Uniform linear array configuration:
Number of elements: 16
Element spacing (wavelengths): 1
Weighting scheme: blackman
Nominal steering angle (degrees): -45
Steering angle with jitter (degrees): -43.145
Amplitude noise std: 0.05
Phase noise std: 0.05

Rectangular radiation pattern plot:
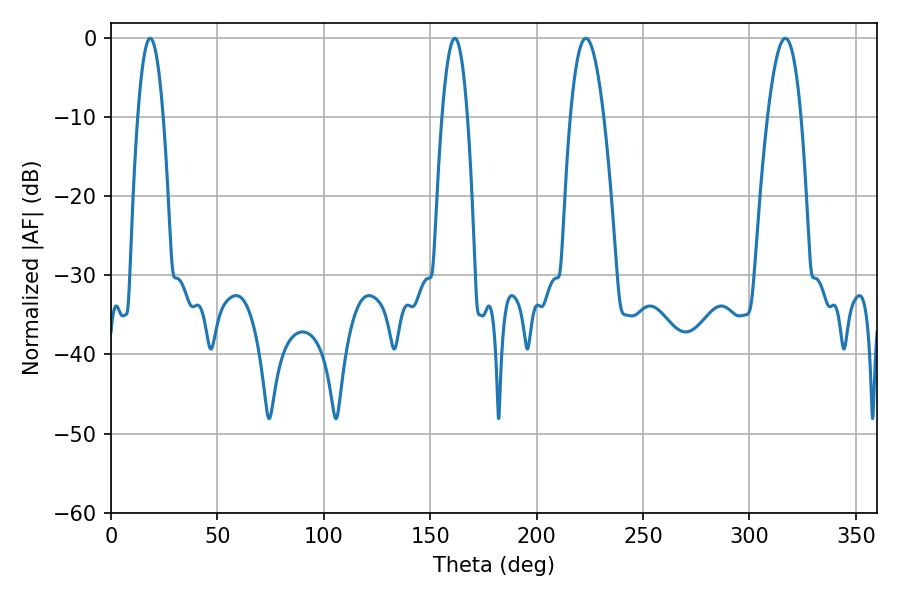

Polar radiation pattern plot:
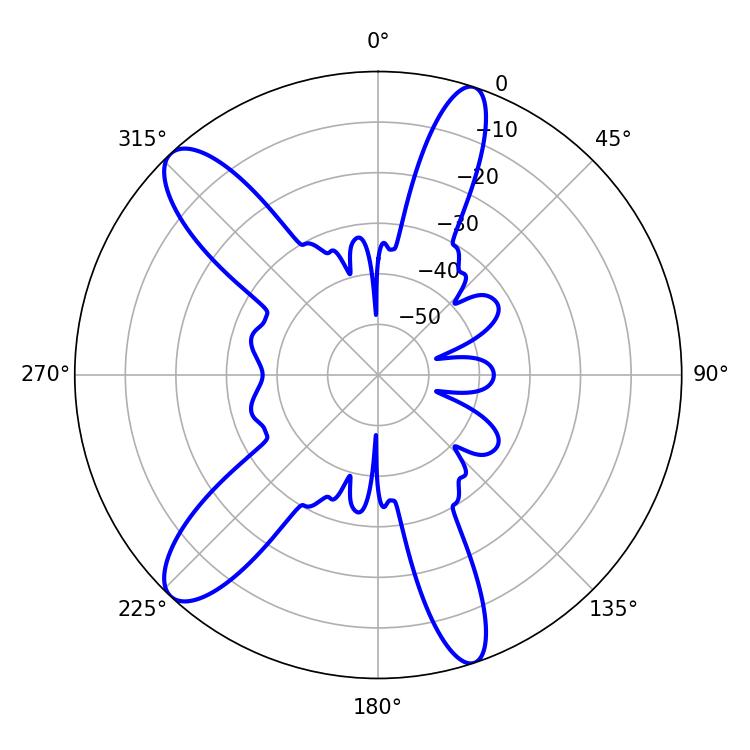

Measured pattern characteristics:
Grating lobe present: TRUE
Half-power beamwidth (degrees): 8.46
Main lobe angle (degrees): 223.2